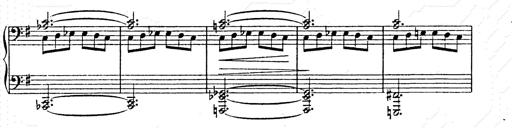
Title: Ab irato
Composer: Franz Liszt